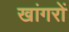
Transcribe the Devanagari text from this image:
खांगरों